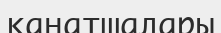
қанатшалары